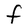
Character: F